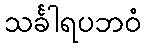
သင်္ခါရပဘဝံ